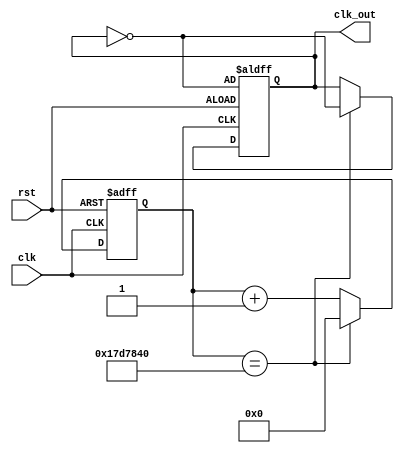
module clock_divider(input clk, input rst, output reg clk_out);

	//Lleva la cuenta de los ciclos de reloj transcurridos
   reg [25:0] counter;
		
	initial 
		begin
			counter <= 26'd0;
			clk_out <= 1'b1;
		end
			
	always @(posedge clk or posedge rst)
	begin
		if(rst)
			begin
				counter <= 26'd0;
				clk_out <= ~clk_out;
			end	
		else
			if(counter == 26'd25000000) //va convertir un clk de 50MHz a 1Hz
				begin
					counter <= 26'd0;
					clk_out <= ~clk_out;
				end
			else
				begin
					counter <= counter+1;
				end
	end	
endmodule